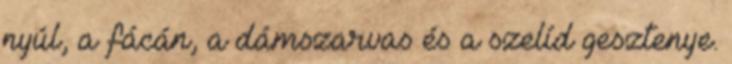
nyúl, a fácán, a dámszarvas és a szelíd gesztenye.